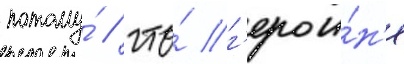
потому́ / что́ г'ерои́н'е